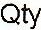
QTY